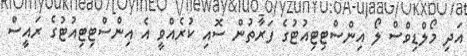
އަދި މޯލްޑިވްސް ލޯ އިންސްޓިޓިއުޓުގެ ފަރާތުން ސޮއި ކުރެއްވީ އެ އިންސްޓިޓިއުޓުގެ ރައީސް